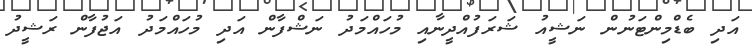
އަދި ބެޑްމިންޓަނުން ނަޝީއު ޝަރަފުއްދީނާއި މުހައްމަދު ނަޝްފާން އަދި މުހައްމަދު އަޖުފާން ރަޝީދު